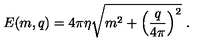
E ( m , q ) = 4 \pi \eta \sqrt { m ^ { 2 } + \left( \frac { q } { 4 \pi } \right) ^ { 2 } } \ .